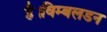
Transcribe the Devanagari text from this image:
है।विम्बलडन